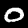
Label: 0